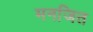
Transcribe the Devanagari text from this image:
मनजित